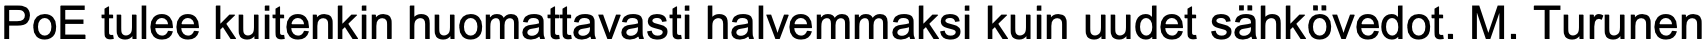
PoE tulee kuitenkin huomattavasti halvemmaksi kuin uudet sähkövedot. M. Turunen